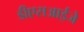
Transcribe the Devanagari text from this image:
डीएसआईजे